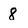
Character: 8